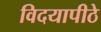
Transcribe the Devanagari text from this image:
विदयापीठे